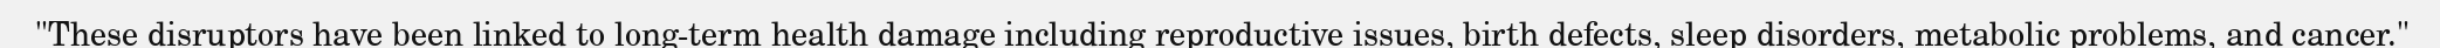
"These disruptors have been linked to long-term health damage including reproductive issues, birth defects, sleep disorders, metabolic problems, and cancer."